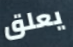
يعلق